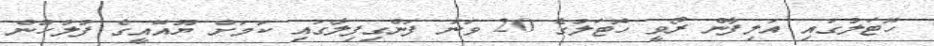
ހޮޓަލުގައި އަލިފާން ރޯވީ ހޮޓަލުގެ 20 ވަނަ ފަންގިފިލާގައި ކަމަށް ޔޫއޭއީގެ ފުލުހުން